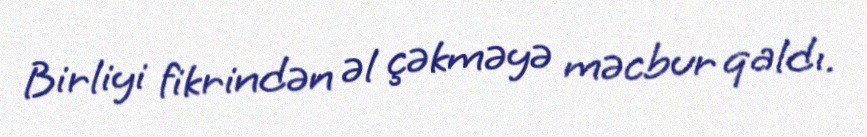
Birliyi fikrindən əl çəkməyə məcbur qaldı.